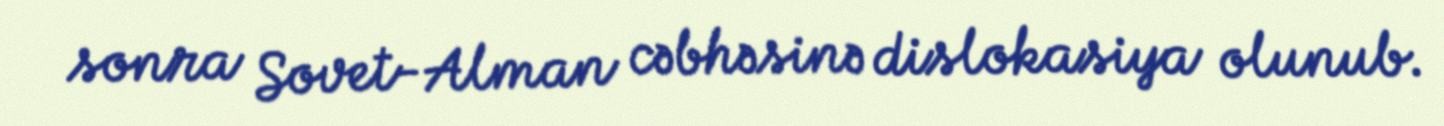
sonra Sovet-Alman cəbhəsinə dislokasiya olunub.